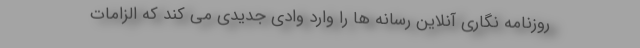
روزنامه نگاری آنلاین رسانه ها را وارد وادی جدیدی می کند که الزامات